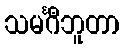
သမင်္ဂီဘူတာ